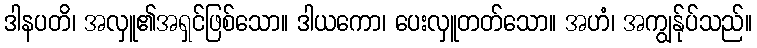
ဒါနပတိ၊ အလှူ၏အရှင်ဖြစ်သော။ ဒါယကော၊ ပေးလှူတတ်သော။ အဟံ၊ အကျွန်ုပ်သည်။